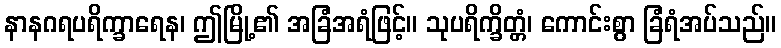
နာနဂရပရိက္ခာရေန၊ ဤမြို့၏ အခြံအရံဖြင့်။ သုပရိက္ခိတ္တံ၊ ကောင်းစွာ ခြံရံအပ်သည်။